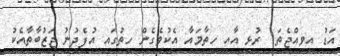
އަޑު އިވިއްޖެތަ  ރުޅި އާއި ހިތާމައާ އެކުވެގެން ހިތުގައި އުފެދުނު ޖަޒުބާތާއެކު